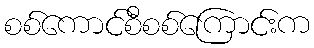
စစ်ကောင်စီစစ်ကြောင်းက